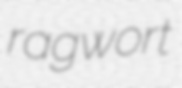
ragwort